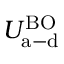
U _ { \mathrm { a - d } } ^ { \mathrm { B O } }